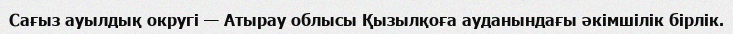
Сағыз ауылдық округі — Атырау облысы Қызылқоға ауданындағы әкімшілік бірлік.